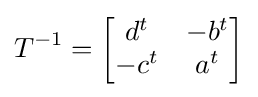
T^{-1}={\begin{bmatrix}d^{t}&-b^{t}\\-c^{t}&a^{t}\end{bmatrix}}